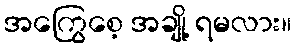
အကြွေစေ့ အချို့ ရမလား။